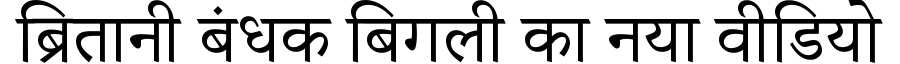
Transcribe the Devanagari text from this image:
ब्रितानी बंधक बिगली का नया वीडियो